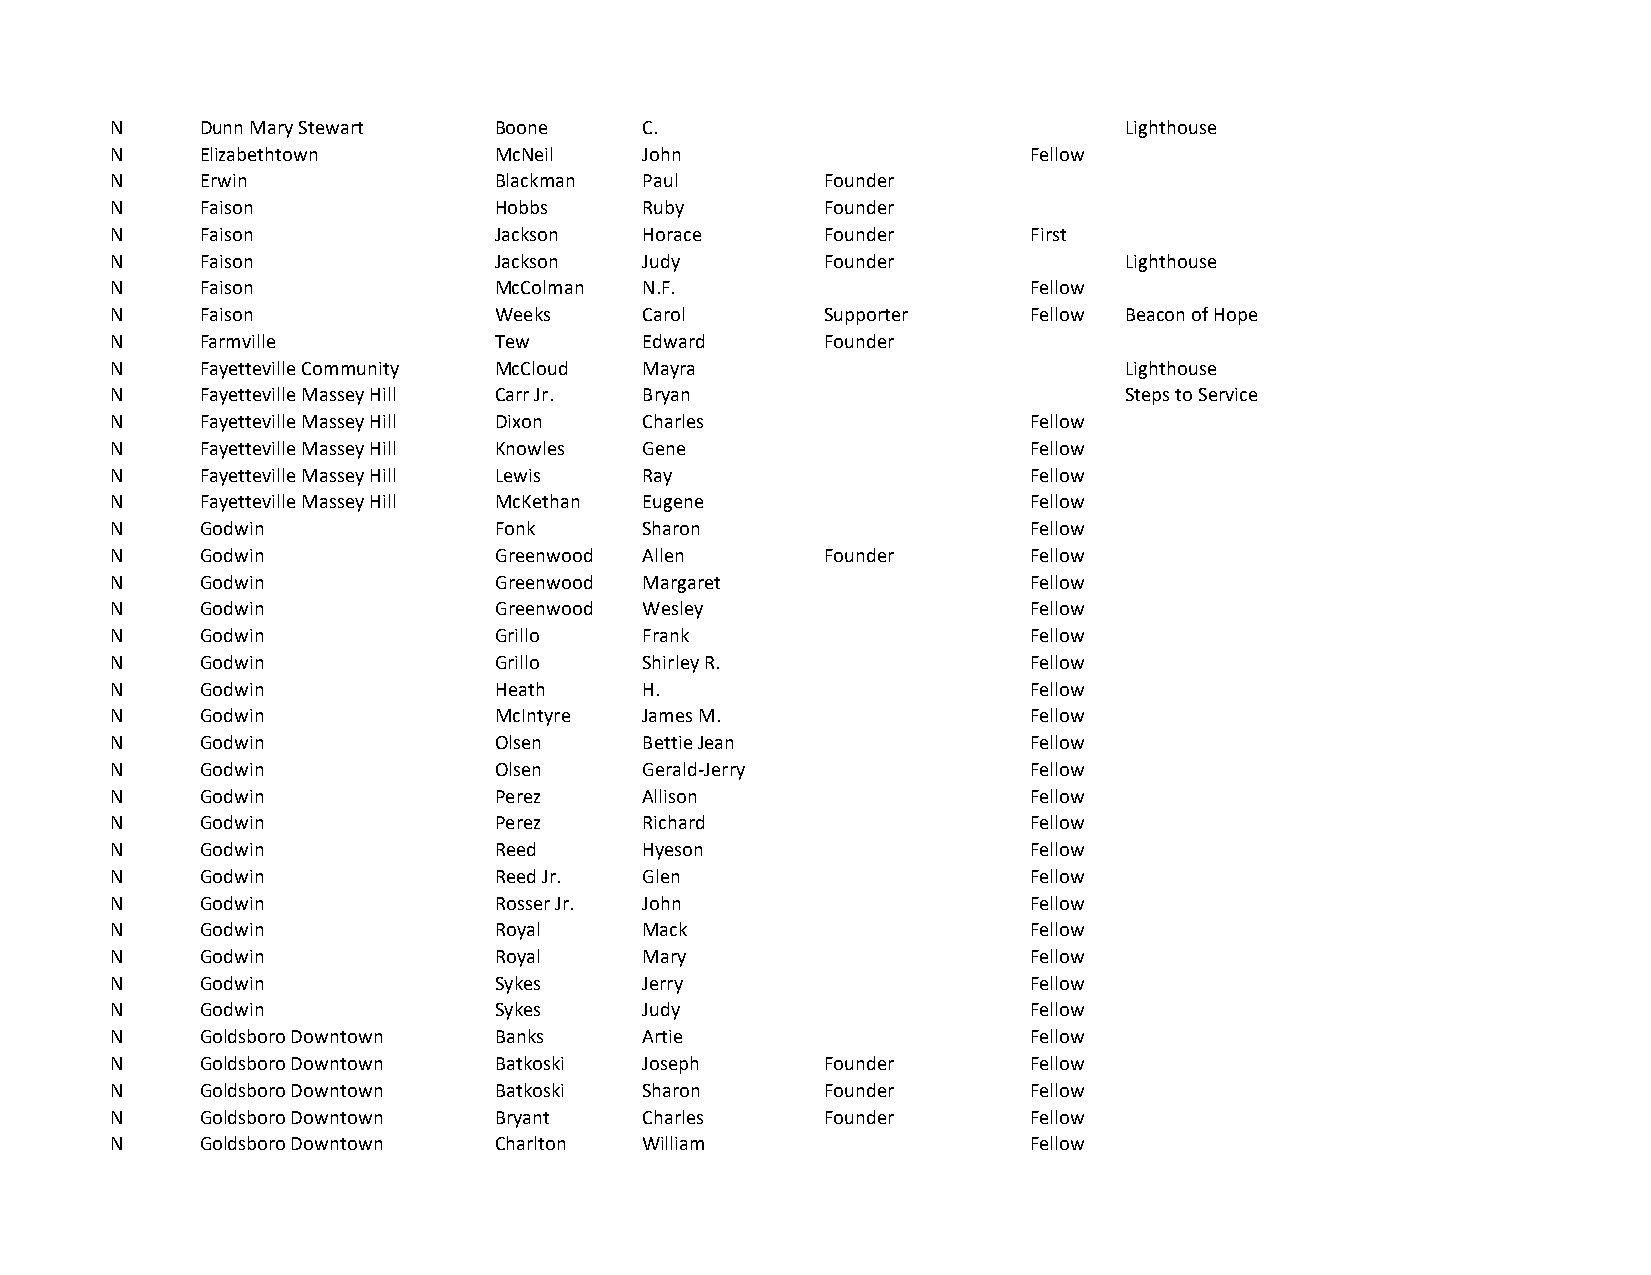
N     Dunn Mary Stewart   Boone     C.                             Lighthouse
 N     Elizabethtown       McNeil    John                     Fellow
 N     Erwin               Blackman  Paul        Founder
 N     Faison              Hobbs     Ruby        Founder
 N     Faison              Jackson   Horace      Founder      First
 N     Faison              Jackson   Judy        Founder            Lighthouse
 N     Faison              McColman  N.F.                     Fellow
 N     Faison              Weeks     Carol       Supporter    Fellow Beacon of Hope
 N     Farmville           Tew       Edward      Founder
 N     Fayetteville Community McCloud Mayra                         Lighthouse
 N     Fayetteville Massey Hill Carr Jr. Bryan                      Steps to Service
 N     Fayetteville Massey Hill Dixon Charles                 Fellow
 N     Fayetteville Massey Hill Knowles Gene                  Fellow
 N     Fayetteville Massey Hill Lewis Ray                     Fellow
 N     Fayetteville Massey Hill McKethan Eugene               Fellow
 N     Godwin              Fonk      Sharon                   Fellow
 N     Godwin              Greenwood Allen       Founder      Fellow
 N     Godwin              Greenwood Margaret                 Fellow
 N     Godwin              Greenwood Wesley                   Fellow
 N     Godwin              Grillo    Frank                    Fellow
 N     Godwin              Grillo    Shirley R.               Fellow
 N     Godwin              Heath     H.                       Fellow
 N     Godwin              McIntyre  James M.                 Fellow
 N     Godwin              Olsen     Bettie Jean              Fellow
 N     Godwin              Olsen     Gerald-Jerry             Fellow
 N     Godwin              Perez     Allison                  Fellow
 N     Godwin              Perez     Richard                  Fellow
 N     Godwin              Reed      Hyeson                   Fellow
 N     Godwin              Reed Jr.  Glen                     Fellow
 N     Godwin              Rosser Jr. John                    Fellow
 N     Godwin              Royal     Mack                     Fellow
 N     Godwin              Royal     Mary                     Fellow
 N     Godwin              Sykes     Jerry                    Fellow
 N     Godwin              Sykes     Judy                     Fellow
 N     Goldsboro Downtown  Banks     Artie                    Fellow
 N     Goldsboro Downtown  Batkoski  Joseph      Founder      Fellow
 N     Goldsboro Downtown  Batkoski  Sharon      Founder      Fellow
 N     Goldsboro Downtown  Bryant    Charles     Founder      Fellow
 N     Goldsboro Downtown  Charlton  William                  Fellow